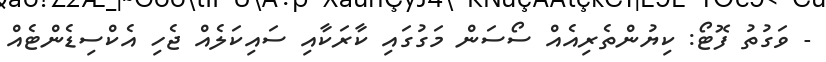
- ވަގުތު ފޮޓޯ: ކިޔުންތެރިއެއް ސޯސަން މަގުގައި ކާރަކާއި ސައިކަލެއް ޖެހި އެކްސިޑެންޓެއް